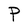
Character: P